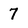
Character: 7